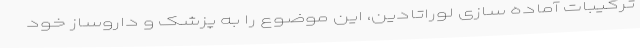
ترکیبات آماده سازی لوراتادین، این موضوع را به پزشک و داروساز خود